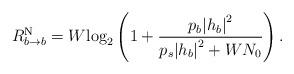
LaTeX: \begin{align*}R_{b \to b}^{\rm{N}} = W{\log _2}\left( {1 + \frac{{{p_b}{{\left| {{h_b}} \right|}^2}}}{{{p_s}{{\left| {{h_b}} \right|}^2} + W{N_0}}}} \right).\end{align*}